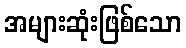
အများဆုံးဖြစ်သော